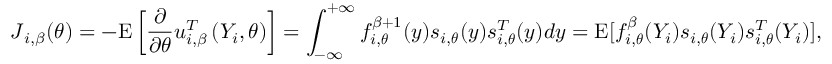
\boldsymbol { J } _ { i , \beta } ( \boldsymbol { \theta } ) = - \mathrm { E } \left[ \frac { \partial } { \partial \boldsymbol { \theta } } \boldsymbol { u } _ { i , \beta } ^ { T } \left( Y _ { i } , \boldsymbol { \theta } \right) \right] = \int _ { \mathcal { - \infty } } ^ { + \infty } f _ { i , \boldsymbol { \theta } } ^ { \beta + 1 } ( y ) \boldsymbol { s } _ { i , \boldsymbol { \theta } } ( y ) \boldsymbol { s } _ { i , \boldsymbol { \theta } } ^ { T } ( y ) d y = \mathrm { E } [ f _ { i , \boldsymbol { \theta } } ^ { \beta } ( Y _ { i } ) \boldsymbol { s } _ { i , \boldsymbol { \theta } } ( Y _ { i } ) \boldsymbol { s } _ { i , \boldsymbol { \theta } } ^ { T } ( Y _ { i } ) ] ,